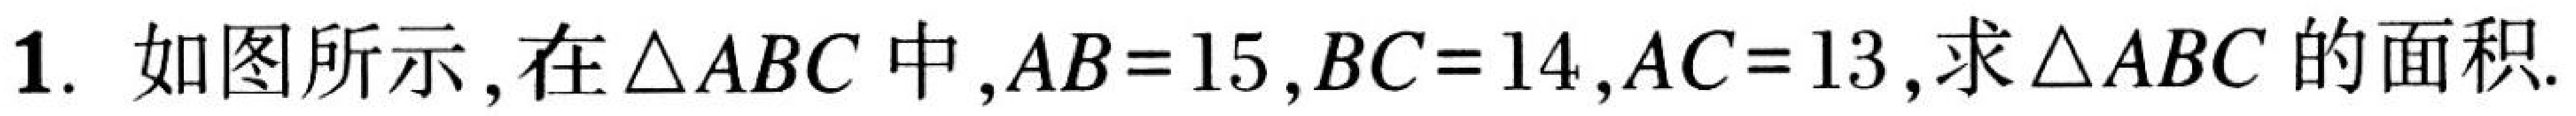
1. 如图所示,在$\triangle ABC$中,$AB = 15$,$BC = 14$,$AC = 13$,求$\triangle ABC$的面积.